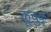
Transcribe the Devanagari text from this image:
कूचुक